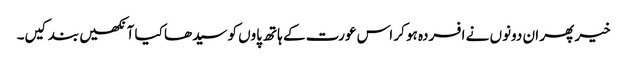
خیر پھر ان دونوں نے افسردہ ہو کر اس عورت کے ہاتھ پاوں کو سیدھا کیا آنکھیں بند کیں۔